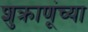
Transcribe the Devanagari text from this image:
शुक्राणूंच्या